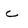
Character: c